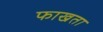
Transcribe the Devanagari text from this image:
फाखता